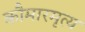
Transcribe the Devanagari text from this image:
कौमारमृत्य